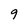
Character: 9